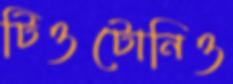
টিওটোনিও